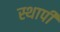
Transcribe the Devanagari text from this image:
स्थापी